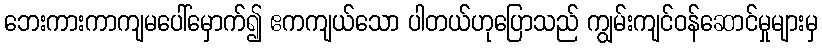
ဘေးကားကာကျမပေါ်မှောက်၍ ဧကကျယ်သော ပါတယ်ဟုပြောသည် ကျွမ်းကျင်ဝန်ဆောင်မှုများမှ